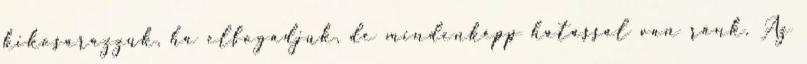
kikosarazzuk, ha elfogadjuk, de mindenképp hatással van ránk. Az